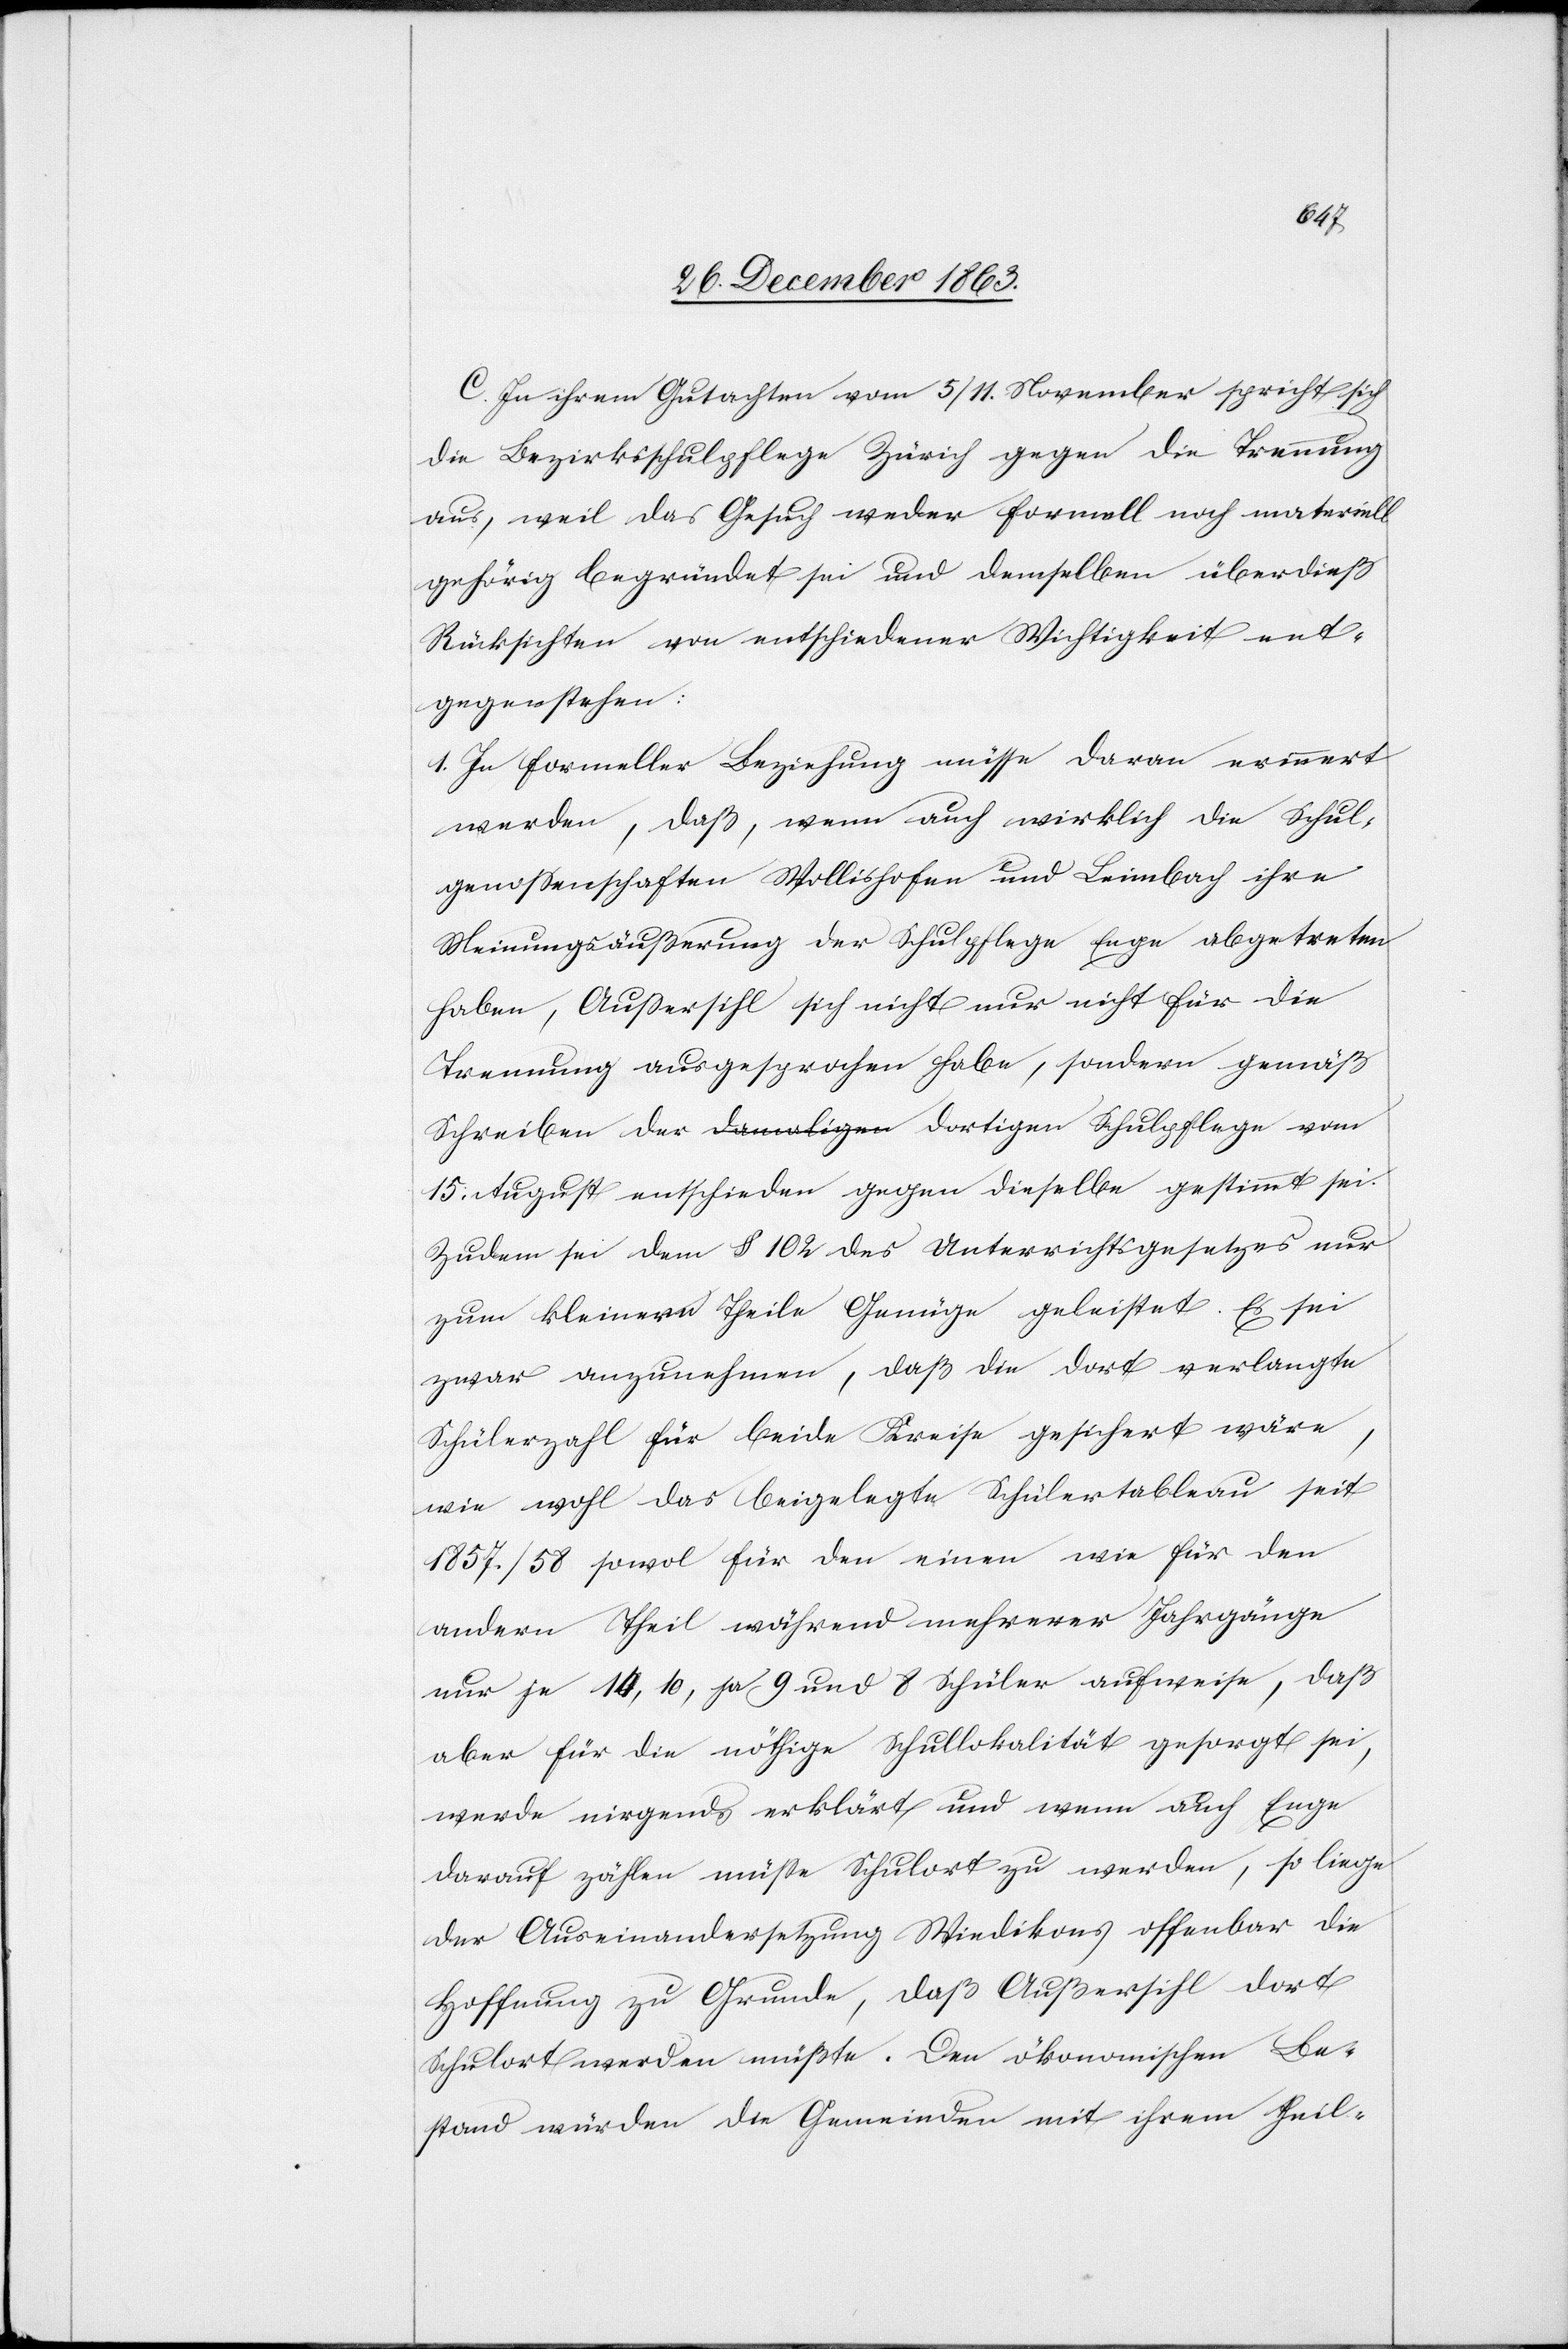
C. In ihrem Gutachten vom 5/11. November spricht sich
die Bezirksschulpflege Zürich gegen die Trennung
aus, weil das Gesuch weder formell noch materiell
gehörig begründet sei und demselben überdieß
Rücksichten von entschiedener Wichtigkeit ent¬
gegenstehen:
1. In formeller Beziehung müsse daran erinnert
werden, daß, wenn auch wirklich die Schul¬
genossenschaften Wollishofen und Leimbach ihre
Meinungsäußerung der Schulpflege Enge abgetreten
haben, Außersihl sich nicht nur nicht für die
Trennung ausgesprochen habe, sondern gemäß
15. August entschieden gegen dieselbe gestimmt sei.
Zudem sei dem § 102 des Unterrichtsgesetzes nur
zum kleinern Theile Genüge geleistet. Es sei
zwar anzunehmen, daß die dort verlangte
Schülerzahl für beide Kreise gesichert wäre,
wie wohl das beigelegte Schülertableau seit
1857/58 sowol für den einen wie für den
andern Theil während mehrerer Jahrgänge
nur je 14, 10, ja 9 und 8 Schüler aufweise, daß
aber für die nöthige Schullokalität gesorgt sei,
werde nirgends erklärt und wenn auch Enge
darauf zählen müsse Schulort zu werden, so liege
der Auseinandersetzung Wiedikons offenbar die
Hoffnung zu Grunde, daß Außersihl dort
Schulort werden müßte. Den ökonomischen Be¬
stand würden die Gemeinden mit ihrem theil-